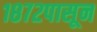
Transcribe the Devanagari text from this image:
१८७२पासून